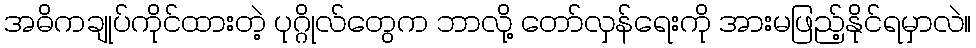
အဓိကချုပ်ကိုင်ထားတဲ့ ပုဂ္ဂိုလ်တွေက ဘာလို့ တော်လှန်ရေးကို အားမဖြည့်နိုင်ရမှာလဲ။